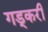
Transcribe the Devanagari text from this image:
गड्करी